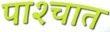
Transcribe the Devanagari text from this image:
पाश्‍चात